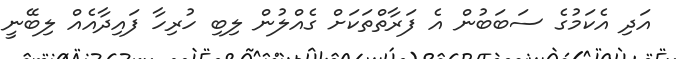
އަދި އެކަމުގެ ސަބަބުން އެ ފަރާތްތަކަށް ގެއްލުން ލިބި ހުރިހާ ފައިދާއެއް ލިބޭނީ